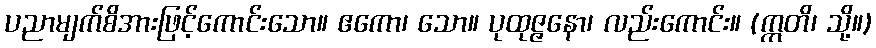
ပညာမျက်စိအားဖြင့်ကောင်းသော။ ဧကော၊ သော။ ပုထုဇ္ဇနော၊ လည်းကောင်း။ (ဣတိ၊ သို့။)